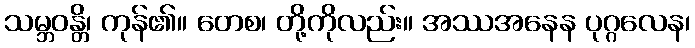
သမ္ဘဝန္တိ၊ ကုန်၏။ တေစ၊ တို့ကိုလည်း။ အဿအနေန ပုဂ္ဂလေန၊